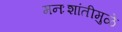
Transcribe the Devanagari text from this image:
मनःशांतीमुळे